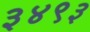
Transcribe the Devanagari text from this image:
३४९३